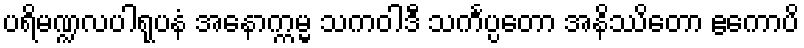
ပရိမဏ္ဍလပါရုပနံ အနောက္ကမ္မ သကဝါဒီ သင်္ကပ္ပတော အနိဿိတော ဧကောပိ